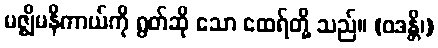
မဇ္ဈိမနိကာယ်ကို ရွတ်ဆို သော ထေရ်တို့ သည်။ (ဝဒန္တိ၊)